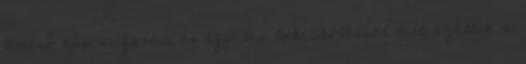
lemenő nap sugarait és egy kis lubickolással kiélvezhetik a